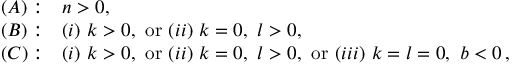
\begin{array} { l l } { { ( A ) : } } & { { n > 0 , } } \\ { { ( B ) : } } & { { ( i ) \ k > 0 , \ \mathrm { o r } \ ( i i ) \ k = 0 , \ l > 0 , } } \\ { { ( C ) : } } & { { ( i ) \ k > 0 , \ \mathrm { o r } \ ( i i ) \ k = 0 , \ l > 0 , \ \mathrm { o r } \ ( i i i ) \ k = l = 0 , \ b < 0 \, , } } \end{array}